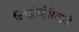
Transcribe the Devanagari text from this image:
क्रिसोव्हेरिलचे